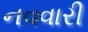
નવવારી